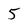
Character: 5